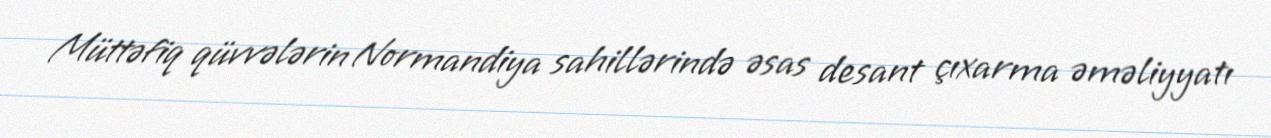
Müttəfiq qüvvələrin Normandiya sahillərində əsas desant çıxarma əməliyyatı